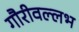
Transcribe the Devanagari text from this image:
गौरीवल्लभ